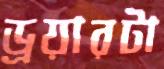
ড্রয়ারটা